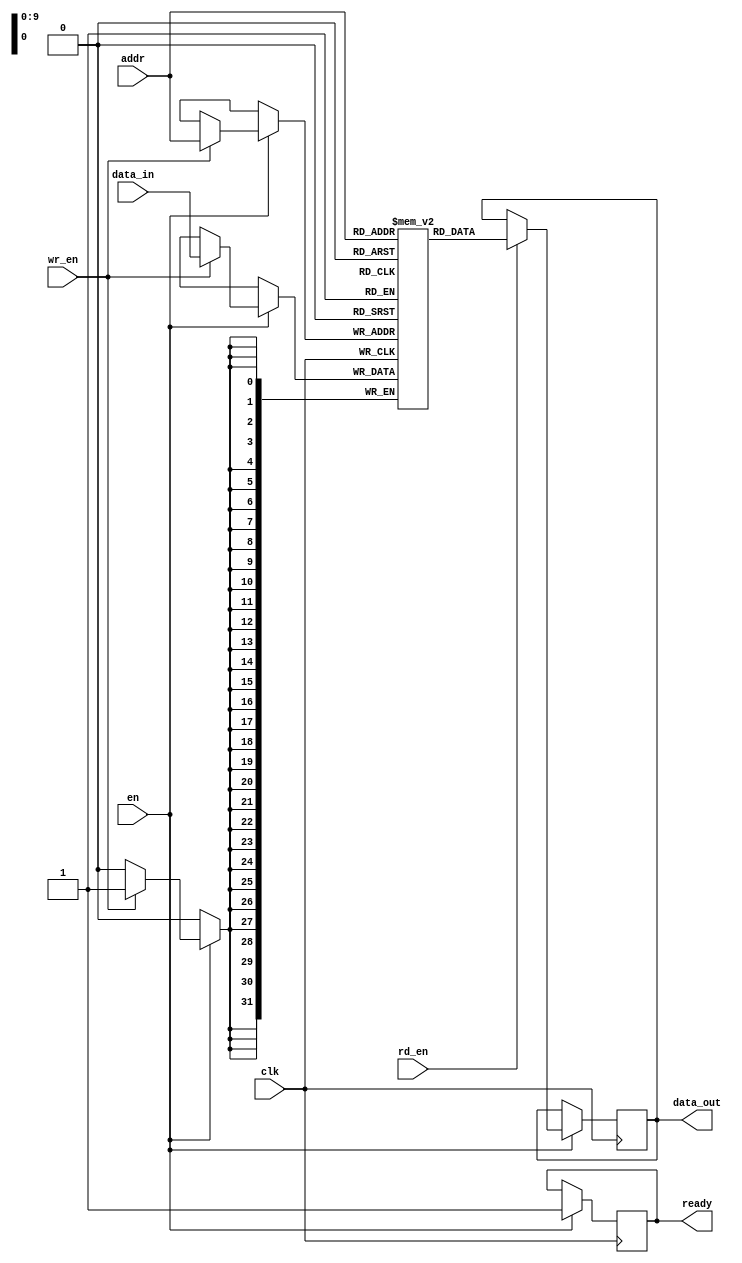
module sync_sram #(
    parameter DATA_WIDTH = 32,      // Configurable data width (8, 16, 32, 64)
    parameter ADDR_WIDTH = 10,      // Configurable address width (8, 10, 12)
    parameter MEM_DEPTH = 1024       // Configurable memory depth (256, 512, 1024, 2048)
)(
    input wire clk,                  // Synchronizing clock signal
    input wire en,                   // Active high enable signal
    input wire rd_en,                // Active high read enable signal
    input wire wr_en,                // Active high write enable signal
    input wire [ADDR_WIDTH-1:0] addr, // Input address lines
    input wire [DATA_WIDTH-1:0] data_in, // Input data lines
    output reg [DATA_WIDTH-1:0] data_out, // Output data lines
    output reg ready                 // Output signal indicating readiness
);

    // Memory array declaration
    reg [DATA_WIDTH-1:0] memory [0:MEM_DEPTH-1];

    // Internal signals
    reg read_valid;

    // Read/Write operations
    always @(posedge clk) begin
        if (en) begin
            ready <= 1'b0; // Memory is busy during operation

            // Write operation
            if (wr_en) begin
                memory[addr] <= data_in; // Write data to memory
            end

            // Read operation
            if (rd_en) begin
                data_out <= memory[addr]; // Read data from memory
                read_valid <= 1'b1; // Indicate valid read data
            end else begin
                read_valid <= 1'b0; // No valid read data
            end

            ready <= 1'b1; // Memory is ready for the next operation
        end
    end

    // Optional: Handle read valid signal
    always @(posedge clk) begin
        if (read_valid) begin
            // Additional logic can be added here if needed
        end
    end

endmodule